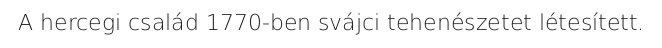
A hercegi család 1770-ben svájci tehenészetet létesített.